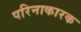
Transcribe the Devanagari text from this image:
परिनाकारक